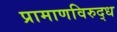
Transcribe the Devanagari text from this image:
प्रामाणविरुद्ध